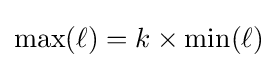
\mathrm {max} (\ell )=k\times \mathrm {min} (\ell )